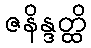
ဇနိန္ဒတ္ထိ